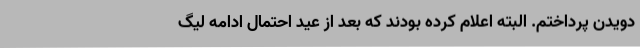
دویدن پرداختم. البته اعلام کرده بودند که بعد از عید احتمال ادامه لیگ